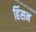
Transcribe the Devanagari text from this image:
हिंसन